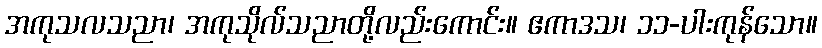
အကုသလသညာ၊ အကုသိုလ်သညာတို့လည်းကောင်း။ ဧကာဒသ၊ ၁၁-ပါးကုန်သော။